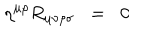
LaTeX: \eta ^ { \mu \rho } R _ { \mu \nu \rho \sigma } \; \; = \; \; 0